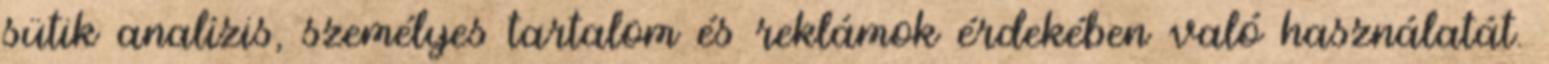
sütik analízis, személyes tartalom és reklámok érdekében való használatát.